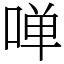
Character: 啴